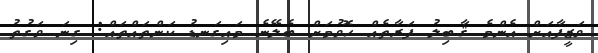
ވަޒީފާއަށް އެންމެ ޤާބިލު ފަރާތެއް ހޮވުމަށް ބެލޭނެ މައިގަނޑު ކަންތައްތައް: ގިނަ ވަގުތު